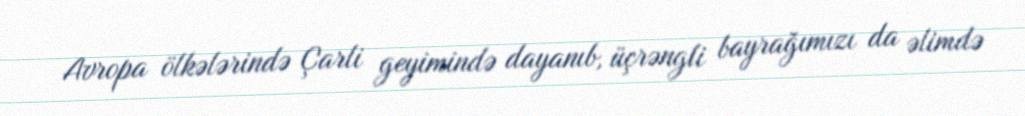
Avropa ölkələrində Çarli geyimində dayanıb, üçrəngli bayrağımızı da əlimdə